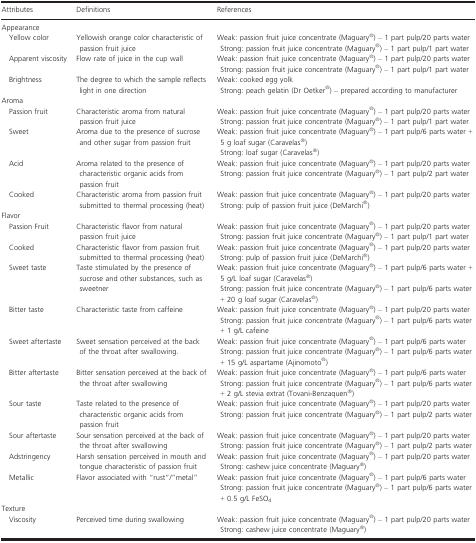
<table><thead><tr><td><b>Attributes</b></td><td><b>Definitions</b></td><td><b>References</b></td></tr></thead><tbody><tr><td colspan="3">Appearance</td></tr><tr><td rowspan="2"> Yellow color</td><td rowspan="2">Yellowish orange color characteristic of passion fruit juice</td><td>Weak: passion fruit juice concentrate (Maguary®) – 1 part pulp/20 parts water</td></tr><tr><td>Strong: passion fruit juice concentrate (Maguary®) – 1 part pulp/1 part water</td></tr><tr><td rowspan="2"> Apparent viscosity</td><td rowspan="2">Flow rate of juice in the cup wall</td><td>Weak: passion fruit juice concentrate (Maguary®) – 1 part pulp/20 parts water</td></tr><tr><td>Strong: passion fruit juice concentrate (Maguary®) – 1 part pulp/1 part water</td></tr><tr><td rowspan="2"> Brightness</td><td rowspan="2">The degree to which the sample reflects light in one direction</td><td>Weak: cooked egg yolk</td></tr><tr><td>Strong: peach gelatin (Dr Oetker®) – prepared according to manufacturer</td></tr><tr><td colspan="3">Aroma</td></tr><tr><td rowspan="2"> Passion fruit</td><td rowspan="2">Characteristic aroma from natural passion fruit juice</td><td>Weak: passion fruit juice concentrate (Maguary®) – 1 part pulp/20 parts water</td></tr><tr><td>Strong: passion fruit juice concentrate (Maguary®) – 1 part pulp/1 part water</td></tr><tr><td rowspan="2"> Sweet</td><td rowspan="2">Aroma due to the presence of sucrose and other sugar from passion fruit</td><td>Weak: passion fruit juice concentrate (Maguary®) – 1 part pulp/6 parts water + 5 g loaf sugar (Caravelas®)</td></tr><tr><td>Strong: loaf sugar (Caravelas®)</td></tr><tr><td rowspan="2"> Acid</td><td rowspan="2">Aroma related to the presence of characteristic organic acids from passion fruit</td><td>Weak: passion fruit juice concentrate (Maguary®) – 1 part pulp/20 parts water</td></tr><tr><td>Strong: passion fruit juice concentrate (Maguary®) – 1 part pulp/2 part water</td></tr><tr><td rowspan="2"> Cooked</td><td rowspan="2">Characteristic aroma from passion fruit submitted to thermal processing (heat)</td><td>Weak: passion fruit juice concentrate (Maguary®) – 1 part pulp/20 parts water</td></tr><tr><td>Strong: pulp of passion fruit juice (DeMarchi®)</td></tr><tr><td colspan="3">Flavor</td></tr><tr><td rowspan="2"> Passion Fruit</td><td rowspan="2">Characteristic flavor from natural passion fruit juice</td><td>Weak: passion fruit juice concentrate (Maguary®) – 1 part pulp/20 parts water</td></tr><tr><td>Strong: passion fruit juice concentrate (Maguary®) – 1 part pulp/1 part water</td></tr><tr><td rowspan="2"> Cooked</td><td rowspan="2">Characteristic flavor from passion fruit submitted to thermal processing (heat)</td><td>Weak: passion fruit juice concentrate (Maguary®) – 1 part pulp/20 parts water</td></tr><tr><td>Strong: pulp of passion fruit juice (DeMarchi®)</td></tr><tr><td rowspan="2"> Sweet taste</td><td rowspan="2">Taste stimulated by the presence of sucrose and other substances, such as sweetner</td><td>Weak: passion fruit juice concentrate (Maguary®) – 1 part pulp/6 parts water + 5 g/L loaf sugar (Caravelas®)</td></tr><tr><td>Strong: passion fruit juice concentrate (Maguary®) – 1 part pulp/6 parts water + 20 g loaf sugar (Caravelas®)</td></tr><tr><td rowspan="2"> Bitter taste</td><td rowspan="2">Characteristic taste from caffeine</td><td>Weak: passion fruit juice concentrate (Maguary®) – 1 part pulp/20 parts water</td></tr><tr><td>Strong: passion fruit juice concentrate (Maguary®) – 1 part pulp/6 parts water + 1 g/L cafeine</td></tr><tr><td rowspan="2"> Sweet aftertaste</td><td rowspan="2">Sweet sensation perceived at the back of the throat after swallowing.</td><td>Weak: passion fruit juice concentrate (Maguary®) – 1 part pulp/6 parts water</td></tr><tr><td>Strong: passion fruit juice concentrate (Maguary®) – 1 part pulp/6 parts water + 15 g/L aspartame (Ajinomoto®)</td></tr><tr><td rowspan="2"> Bitter aftertaste</td><td rowspan="2">Bitter sensation perceived at the back of the throat after swallowing</td><td>Weak: passion fruit juice concentrate (Maguary®) – 1 part pulp/6 parts water</td></tr><tr><td>Strong: passion fruit juice concentrate (Maguary®) – 1 part pulp/6 parts water + 2 g/L stevia extrat (Tovani-Benzaquen®)</td></tr><tr><td rowspan="2"> Sour taste</td><td rowspan="2">Taste related to the presence of characteristic organic acids from passion fruit</td><td>Weak: passion fruit juice concentrate (Maguary®) – 1 part pulp/20 parts water</td></tr><tr><td>Strong: passion fruit juice concentrate (Maguary®) – 1 part pulp/2 parts water</td></tr><tr><td rowspan="2"> Sour aftertaste</td><td rowspan="2">Sour sensation perceived at the back of the throat after swallowing</td><td>Weak: passion fruit juice concentrate (Maguary®) – 1 part pulp/20 parts water</td></tr><tr><td>Strong: passion fruit juice concentrate (Maguary®) – 1 part pulp/2 parts water</td></tr><tr><td rowspan="2"> Adstringency</td><td rowspan="2">Harsh sensation perceived in mouth and tongue characteristic of passion fruit</td><td>Weak: passion fruit juice concentrate (Maguary®) – 1 part pulp/20 parts water</td></tr><tr><td>Strong: cashew juice concentrate (Maguary®)</td></tr><tr><td rowspan="2"> Metallic</td><td rowspan="2">Flavor associated with “rust”/”metal”</td><td>Weak: passion fruit juice concentrate (Maguary®) – 1 part pulp/6 parts water</td></tr><tr><td>Strong: passion fruit juice concentrate (Maguary®) – 1 part pulp/6 parts water + 0.5 g/L FeSO<sub>4</sub></td></tr><tr><td colspan="3">Texture</td></tr><tr><td rowspan="2"> Viscosity</td><td rowspan="2">Perceived time during swallowing</td><td>Weak: passion fruit juice concentrate (Maguary®) – 1 part pulp/20 parts water</td></tr><tr><td>Strong: cashew juice concentrate (Maguary®)</td></tr></tbody></table>